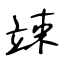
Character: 竦